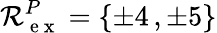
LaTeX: \mathcal R_{\mathrm{~e~x~}}^{P}=\{ \pm 4\, ,\pm 5\}